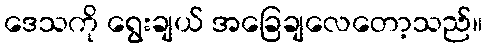
ဒေသကို ရွေးချယ် အခြေချလေတော့သည်။